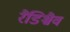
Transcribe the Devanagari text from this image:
रैडिश्चैव